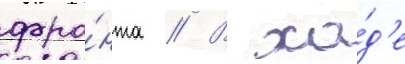
фро́нта // В хо́д'е